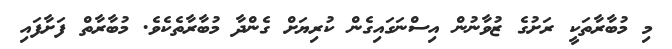
މި މުބާރާތަކީ ރަށުގެ ޒުވާނުން އިސްނަގައިގެން ކުރިޔަށް ގެންދާ މުބާރާތެކެވެ. މުބާރާތް ފަށާފައި